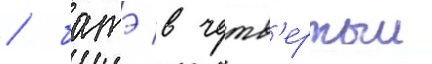
/ батэ в четв'ертыи